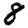
Digit: 8